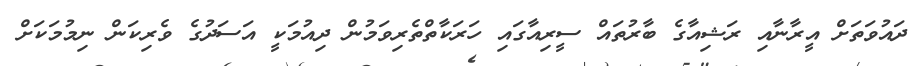
ދައުވަތަށް އީރާނާއި ރަޝިއާގެ ބާރުތައް ސީރިއާގައި ހަރަކާތްތެރިވަމުން ދިއުމަކީ އަސަދުގެ ވެރިކަން ނިމުމަކަށް